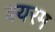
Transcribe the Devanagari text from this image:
बयरम